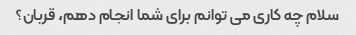
سلام چه کاری می توانم برای شما انجام دهم، قربان؟